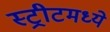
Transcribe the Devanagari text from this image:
स्ट्रीटमध्ये